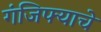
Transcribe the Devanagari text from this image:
गंजिफ्याचे